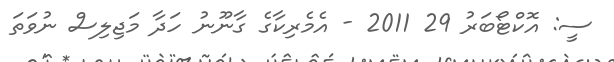
ސީ: އޮކްޓޯބަރު 29 2011 - އެމެރިކާގެ ގާނޫނު ހަދާ މަޖިލިސް ނުވަތަ